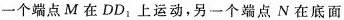
一个端点M在DD_{1}上运动，另一个端点N在底面